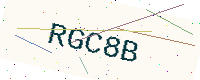
Text: RGC8B